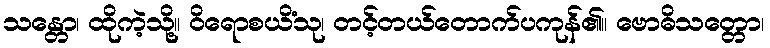
သန္တော၊ ထိုကဲ့သို့။ ဝိရောစယိံသု၊ တင့်တယ်တောက်ပကုန်၏။ ဗောဓိသတ္တော၊